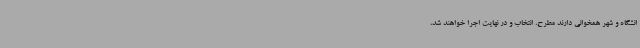
انشگاه و شهر همخوانی دارند مطرح، انتخاب و در نهایت اجرا خواهند شد،